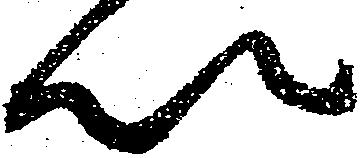
以